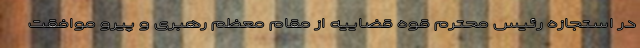
در استجازه رئیس محترم قوه قضاییه از مقام معظم رهبری و پیرو موافقت